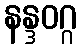
နန္ဒဝဂ္ဂ